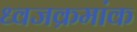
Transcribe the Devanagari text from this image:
ध्वजक्रमांक